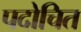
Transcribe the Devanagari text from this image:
पदोचित